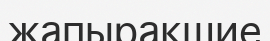
жапырақшие